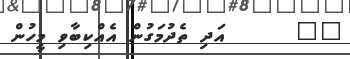
١٥      އަދި ތެދުމަގުން އެއްކިބާވި މީހުން